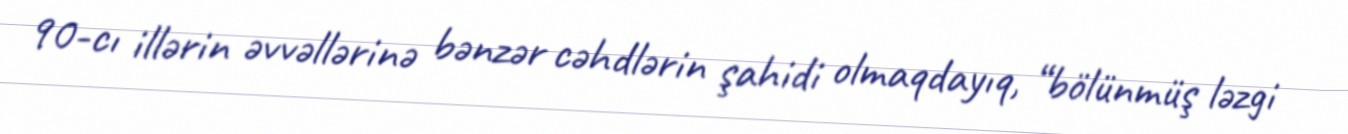
90-cı illərin əvvəllərinə bənzər cəhdlərin şahidi olmaqdayıq, “bölünmüş ləzgi